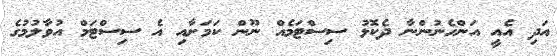
އަދި އެއީ އަންހެނުންނާ ދެކޮޅު ސިސްޓަމެއް ނޫން ކަމަށާއި އެ ސިސްޓަމް އުވާލުމުގެ